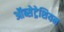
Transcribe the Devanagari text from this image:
ऑब्सेट्रेशियन